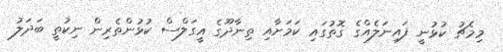
މިމެޗު ކުޅުނީ ފައިނަލެއްގެ ގޮތުގައި ކަމަށާއި ތިނާދޫގެ އީގަލްސް ކުޅުންތެރިން ނިކުތީ ބަދަލު